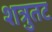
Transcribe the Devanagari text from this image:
शत्रुतट